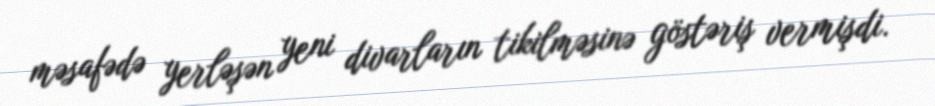
məsafədə yerləşən yeni divarların tikilməsinə göstəriş vermişdi.